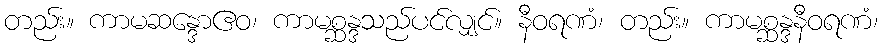
တည်း။ ကာမဆန္ဒောဧဝ၊ ကာမစ္ဆန္ဒသည်ပင်လျှင်။ နီဝရဏံ၊ တည်း။ ကာမစ္ဆန္ဒနီဝရဏံ၊